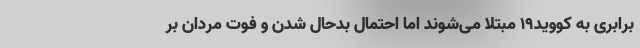
برابری به کووید۱۹ مبتلا می‌شوند اما احتمال بدحال شدن و فوت مردان بر